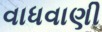
વાધવાણી